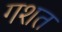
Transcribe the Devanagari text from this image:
गशत